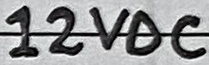
Text: 12VDC